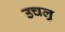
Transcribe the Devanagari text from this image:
उचलु